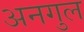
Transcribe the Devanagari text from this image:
अनगुल